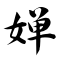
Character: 婵